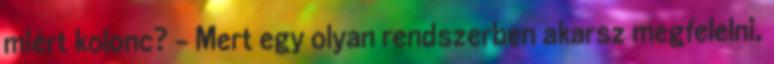
miért kolonc? - Mert egy olyan rendszerben akarsz megfelelni,